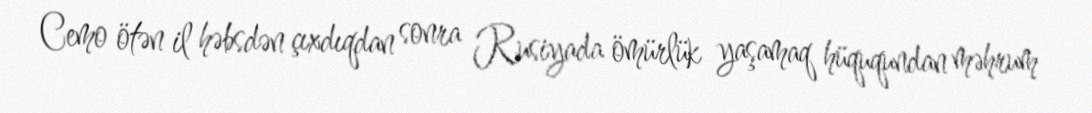
Cemo ötən il həbsdən çıxdıqdan sonra Rusiyada ömürlük yaşamaq hüququndan məhrum